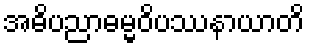
အဓိပညာဓမ္မဝိပဿနာယာတိ